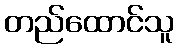
တည်ထောင်သူ